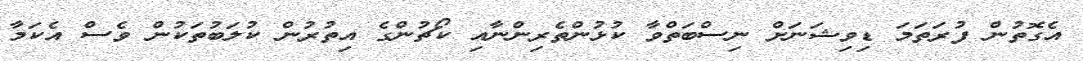
އެގޮތުން ފުރަތަމަ ޑިވިޝަނަށް ނިސްބަތްވާ ކުޅުންތެރިންނާއި ކޯޗުންގެ އިތުރުން ކުލަބުތަކުން ވެސް އެކަމާ